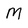
Character: M